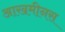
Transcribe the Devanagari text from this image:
आखमीनस